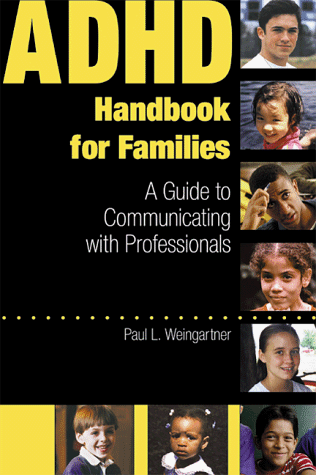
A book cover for ADHD Handbook for Families: A Guide to Communicating with Professinals; Paul L. Weingartner; Parenting & Relationships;